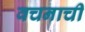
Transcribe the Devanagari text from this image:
वचनाची